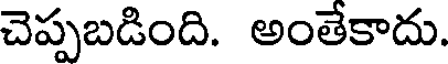
చెప్పబడింది. అంతేకాదు.